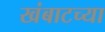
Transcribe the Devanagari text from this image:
खंबाटच्या